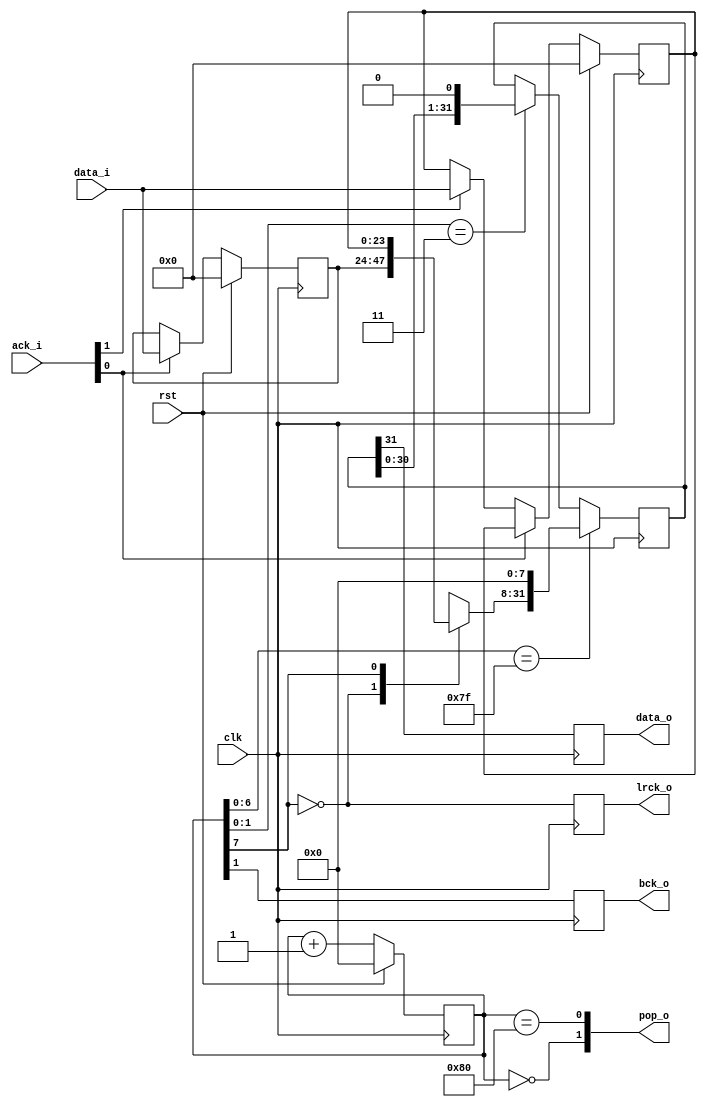
module dac_drv(
    input wire clk,
    input wire rst,

    output wire bck_o,
    output wire data_o,
    output wire lrck_o,

    input wire [1:0] ack_i,
	input wire [23:0] data_i,
    output wire [1:0] pop_o);

// 256fs * 192kHz = 49.152Mhz
reg [7:0] clk_counter;
always @(posedge clk)
	if(rst)
		clk_counter <= 0;
	else
		clk_counter <= clk_counter + 1;

// generate bck = 4x clk = 64fs * 192kHz = 12.28Mhz
wire bck_int_o = clk_counter[1];
reg bck_ff;
always @(posedge clk)
	bck_ff <= bck_int_o;
assign bck_o = bck_ff;

// generate lrck = 256x clk = 192kHz
wire lrck_int_o = ~clk_counter[7];
reg lrck_ff;
always @(posedge clk)
	lrck_ff <= lrck_int_o;
assign lrck_o = lrck_ff;

// generate data
reg [23:0] data_i_ff [1:0];
always @(posedge clk) begin
    if(rst) begin
        data_i_ff[0] <= 0;
        data_i_ff[1] <= 0;
    end else if(ack_i[0])
        data_i_ff[0] <= data_i;
    else if (ack_i[1])
        data_i_ff[1] <= data_i;
end
assign pop_o[1] = (clk_counter == 8'b00000000);
assign pop_o[0] = (clk_counter == 8'b10000000);

reg [31:0] data_o_ff;
wire data_int_o = data_o_ff[31];
reg data_o_buf_ff;
always @(posedge clk)
	data_o_buf_ff <= data_int_o;
assign data_o = data_o_buf_ff;

wire chsel = clk_counter[7];
always @(posedge clk) begin
    if(clk_counter[6:0] == 7'h7f) begin
    `ifdef DEBUG
        $display("dac_drv:   lr %d send %h", lrck_o, data_i_ff[chsel]);
    `endif
        data_o_ff <= {data_i_ff[chsel], 8'b0};
    end else if(clk_counter[1:0] == 2'b11) begin
        data_o_ff <= {data_o_ff[30:0], 1'b0};
    end
end

endmodule